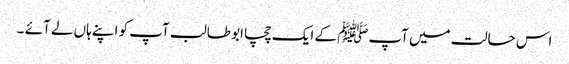
اس حالت میں آپﷺ کے ایک چچا ابو طالب آپ کو اپنے ہاں لے آئے ۔